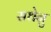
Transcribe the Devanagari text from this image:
सधेनु